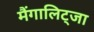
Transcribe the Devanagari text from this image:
मैंगालिट्जा